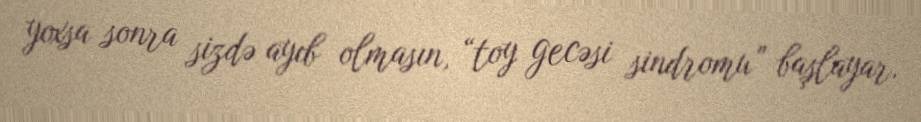
yoxsa sonra sizdə ayıb olmasın, “toy gecəsi sindromu” başlayar.